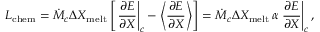
L _ { \mathrm { c h e m } } = \dot { M } _ { c } \Delta X _ { \mathrm { m e l t } } \left[ \left. { \frac { \partial E } { \partial X } } \right| _ { c } - \left\langle { \frac { \partial E } { \partial X } } \right\rangle \right] = \dot { M } _ { c } \Delta X _ { \mathrm { m e l t } } \, \alpha \left. { \frac { \partial E } { \partial X } } \right| _ { c } ,